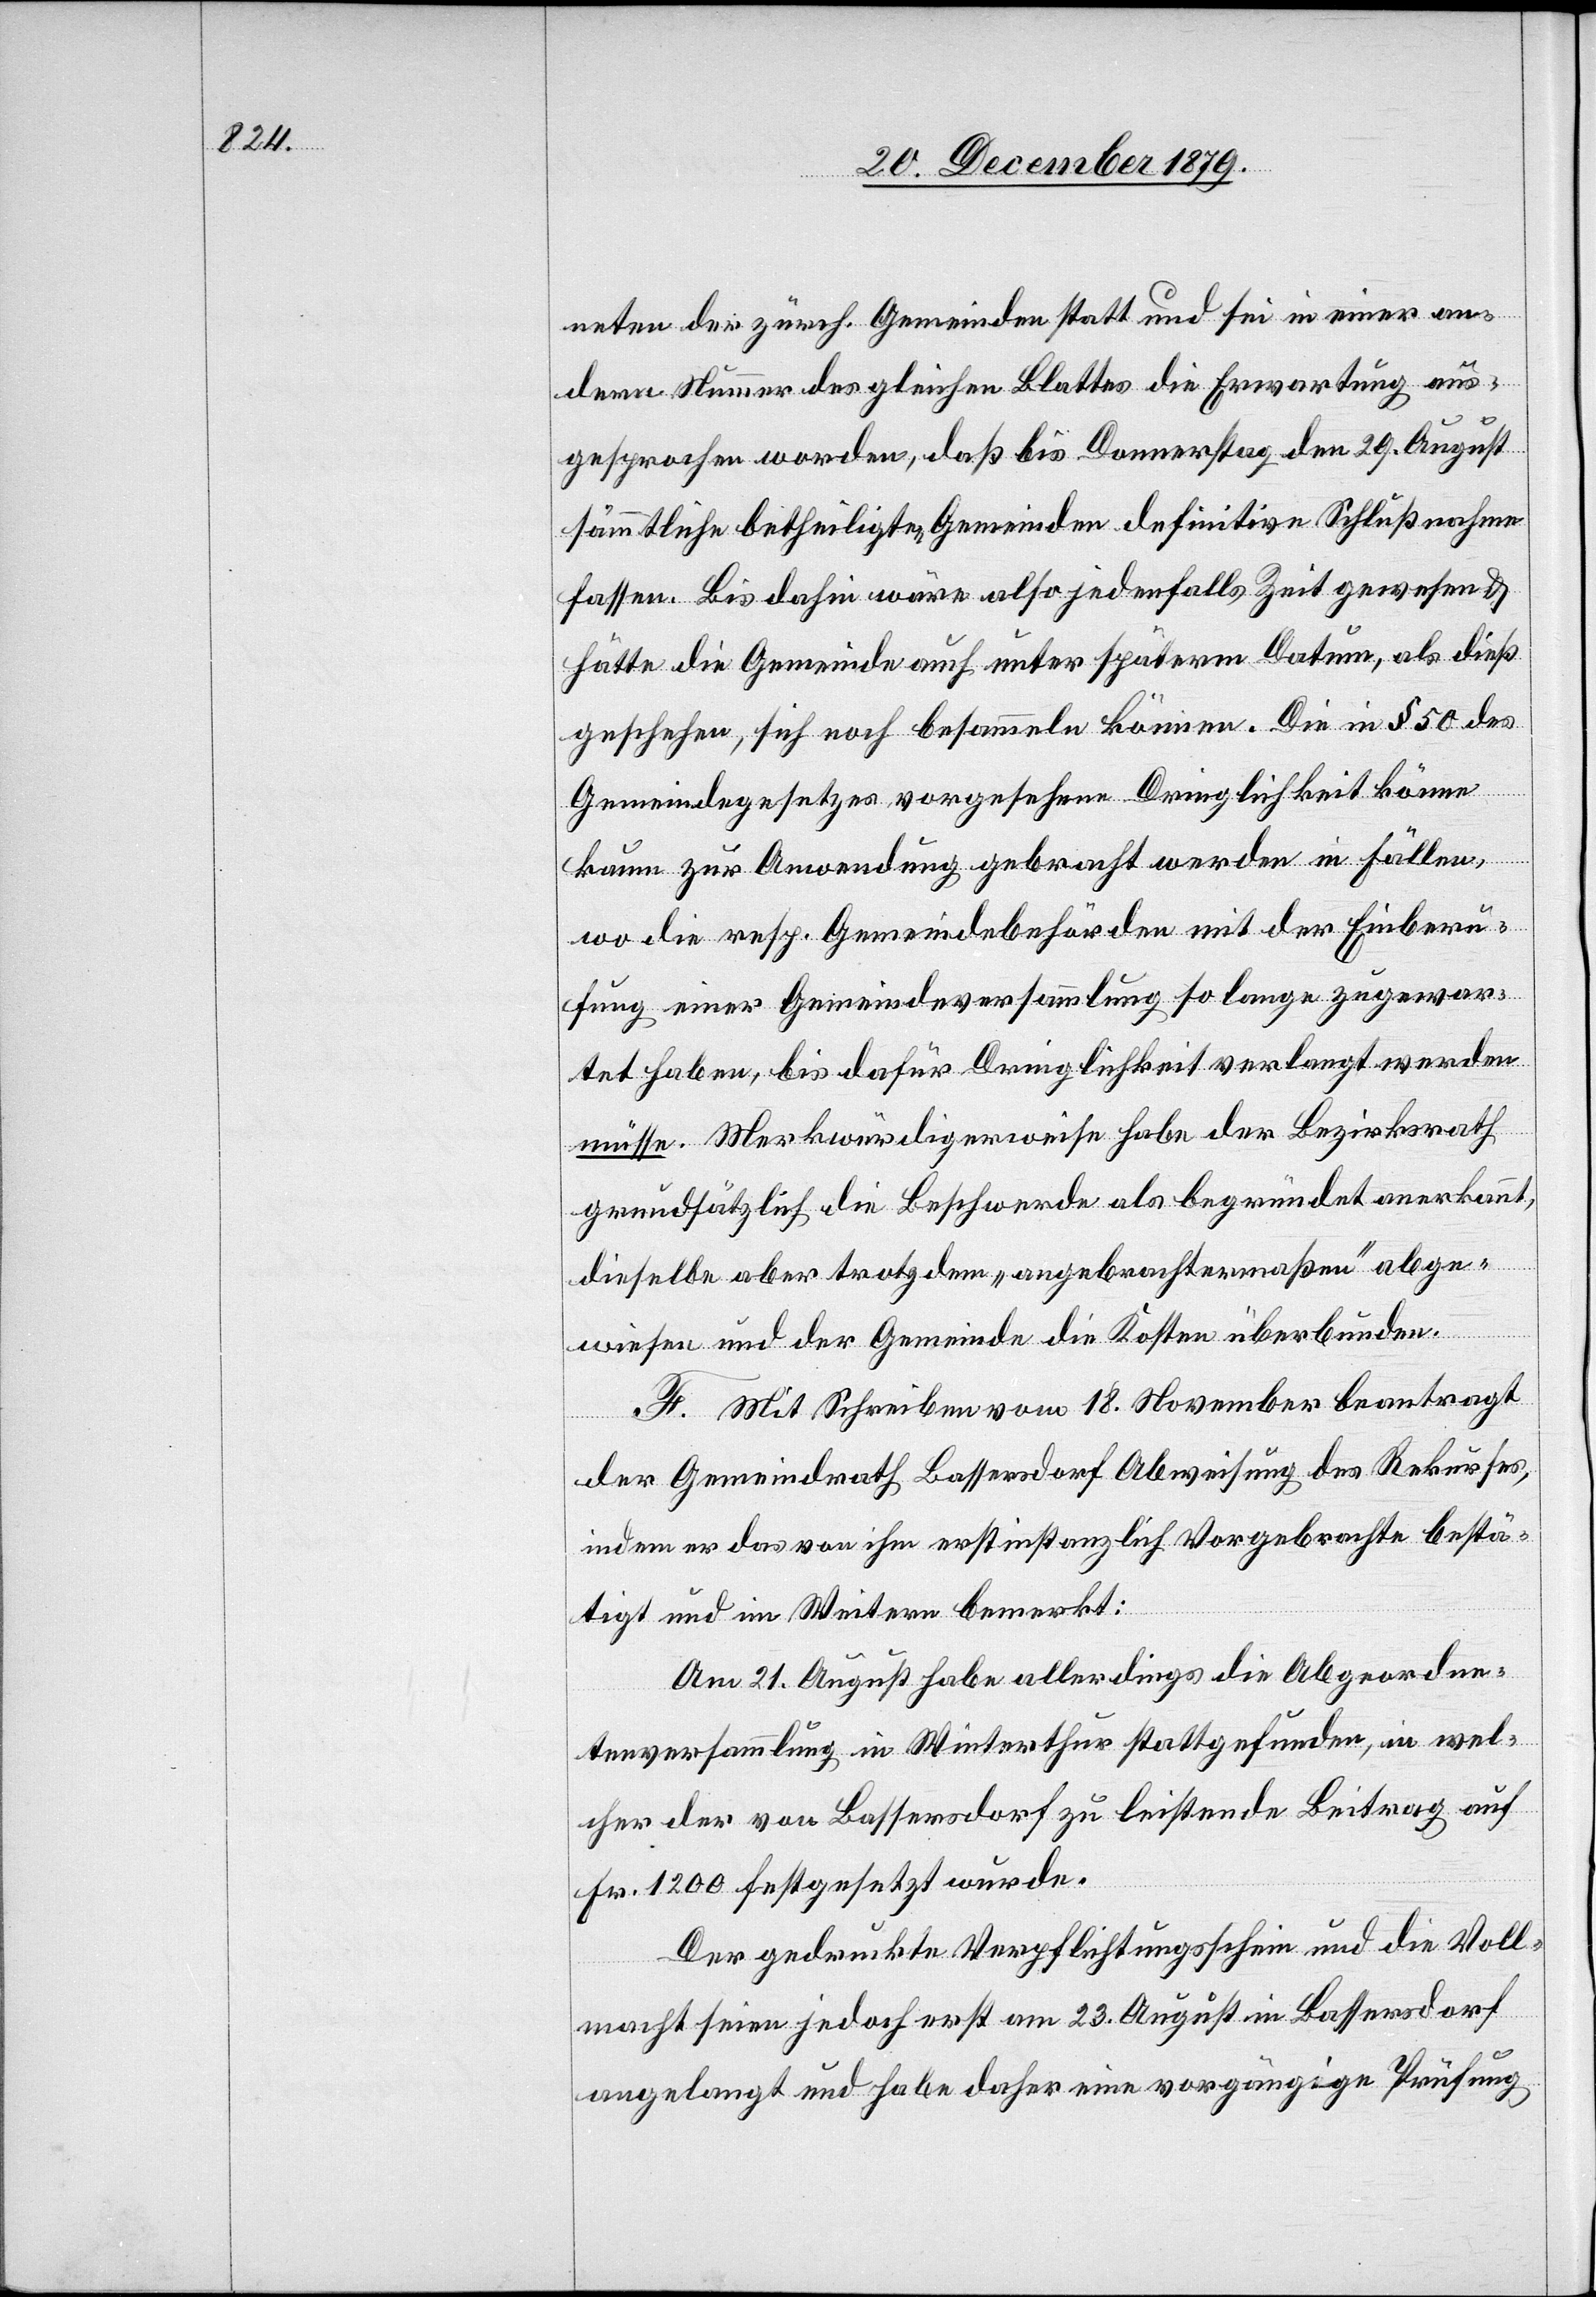
neten der zürch. Gemeinden statt und sei in einer an¬
dern Nummer des gleichen Blattes die Erwartung aus¬
gesprochen worden, daß bis Donnerstag den 29. August
sämmtliche betheiligten Gemeinden definitive Schlußnahme
fassen. Bis dahin wäre also jedenfalls Zeit gewesen &
hätte die Gemeinde auch unter späterm Datum, als dieß
geschehen, sich noch besammeln können. Die in § 50 des
Gemeindegesetzes vorgesehene Dringlichkeit könne
kaum zur Anwendung gebracht werden in Fällen,
wo die resp. Gemeindebehörden mit der Einberu¬
fung einer Gemeindeversammlung so lange zugewar¬
tet haben, bis dafür Dringlichkeit verlangt werden
müsse. Merkwürdigerweise habe der Bezirksrath
grundsätzlich die Beschwerde als begründet anerkannt,
dieselbe aber trotzdem „angebrachtermaßen“ abge¬
wiesen und der Gemeinde die Kosten überbunden.
F. Mit Schreiben vom 18. November beantragt
der Gemeindrath Bassersdorf Abweisung des Rekurses,
indem er das von ihm erstinstanzlich Vorgebrachte bestä¬
tigt und im Weitern bemerkt:
Am 21. August habe allerdings die Abgeordne¬
tenversammlung in Winterthur stattgefunden, in wel¬
cher der von Bassersdorf zu leistende Beitrag auf
Fr. 1200 festgesetzt wurde.
Der gedruckte Verpflichtungsschein und die Voll¬
macht seien jedoch erst am 23. Augst in Bassersdorf
angelangt und habe daher eine vorgängige Prüfung